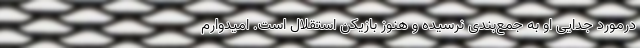
درمورد جدایی او به جمع‌بندی نرسیده و هنوز بازیکن استقلال است. امیدوارم